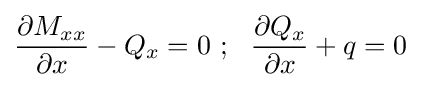
{\frac {\partial M_{xx}}{\partial x}}-Q_{x}=0~;~~{\frac {\partial Q_{x}}{\partial x}}+q=0